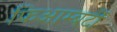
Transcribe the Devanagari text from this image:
फिआम्बर्टी